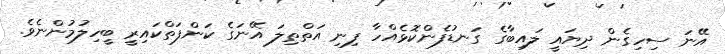
އޭނަ ސިހިގެން ދިޔައީ ލައިބާގެ ގަނޑުފެންކޮޅެއްހާ ފިނި އަތްތިލަ އޭނަގެ ކަންފަތްކައިރީ ބީހިލުމުންނެވެ.